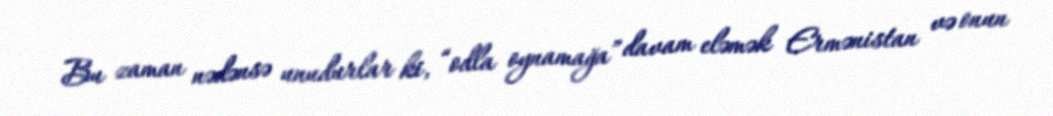
Bu zaman nədənsə unudurlar ki, “odla oynamağa” davam eləmək Ermənistan və onun